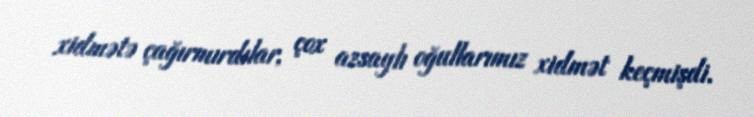
xidmətə çağırmırdılar, çox azsaylı oğullarımız xidmət keçmişdi.